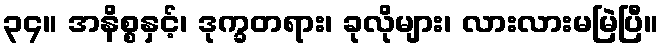
၃၄။ အနိစ္စနှင့်၊ ဒုက္ခတရား၊ ခုလိုများ၊ လားလားမမြဲပြီ။